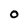
Character: O